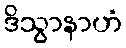
ဒိသွာနာဟံ